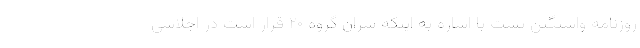
روزنامه واشنگتن پست با اشاره به اینکه سران گروه ۲۰ قرار است در اجلاسی